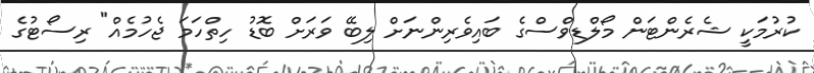
ކުރުމަކީ ޝެރެންޓަން މޯލްޑިވްސްގެ ބައިވެރިންނަށް ލިބޭ ވަރަށް ބޮޑު ހިތްހަމަ ޖެހުމެއް" ރިސޯޓުގެ